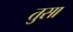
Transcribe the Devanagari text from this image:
तुसा